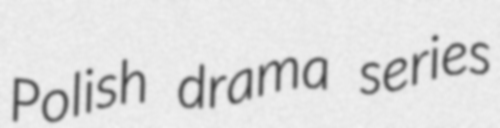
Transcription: Polish drama series